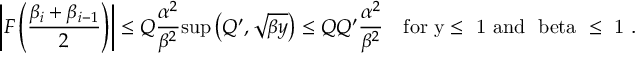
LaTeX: \left| { \cal F } \left( \frac { \beta _ { i } + \beta _ { i - 1 } } { 2 } \right) \right| \leq { \cal Q } \frac { \alpha ^ { 2 } } { \beta ^ { 2 } } \mathrm { s u p } \left( { \cal Q ^ { \prime } } , \sqrt { \beta y } \right) \leq { \cal Q } { \cal Q ^ { \prime } } \frac { \alpha ^ { 2 } } { \beta ^ { 2 } } \quad \mathrm { f o r ~ y \leq ~ 1 ~ a n d ~ \ b e t a ~ \leq ~ 1 ~ } .